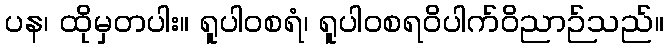
ပန၊ ထိုမှတပါး။ ရူပါဝစရံ၊ ရူပါဝစရဝိပါက်ဝိညာဉ်သည်။